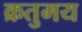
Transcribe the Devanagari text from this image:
क्रतुमय